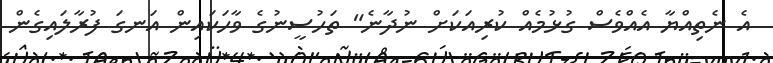
އެ ނެތިއްޔާ އެއްވެސް ގުޅުމެއް ކުރިއަކަށް ނުދާނެ" ތަހުސީނުގެ ވާހަކައިން އަނގަ ފުރާލައިގެން